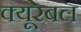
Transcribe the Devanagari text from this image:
क्यूरेबल